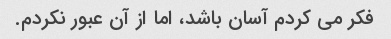
فکر می کردم آسان باشد، اما از آن عبور نکردم.